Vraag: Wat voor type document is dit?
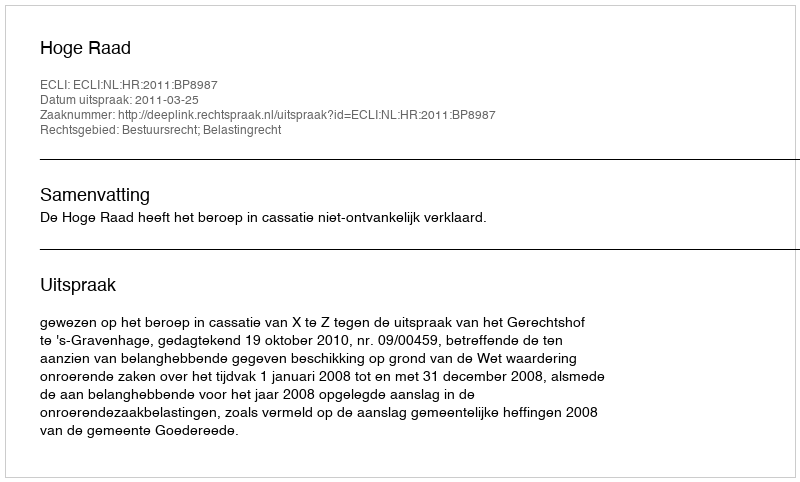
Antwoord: Uitspraak